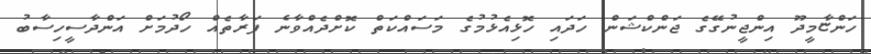
ހަންޏާމީދޫ އިންޖީނުގޭގެ ޖަންކްޝަން ހަދައި ހޮޅިއެޅުމުގެ މަސައްކަތް ކޮށްދެއްވާނެ ފަރާތެއް ހޯދުމަށް އަންދާސީހިސާބު